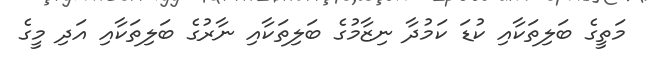
މަތީގެ ބަލިތަކާއި ކުޑަ ކަމުދާ ނިޒާމުގެ ބަލިތަކާއި ނާރުގެ ބަލިތަކާއި އަދި މީގެ